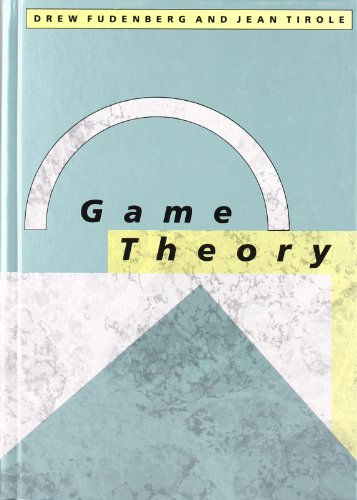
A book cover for Game Theory; Drew Fudenberg; Science & Math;